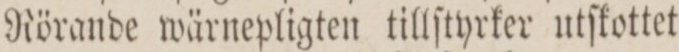
Rörande wärnepligten tillſtyrker utſkottet